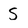
Character: S